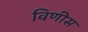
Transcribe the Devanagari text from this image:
विणीस